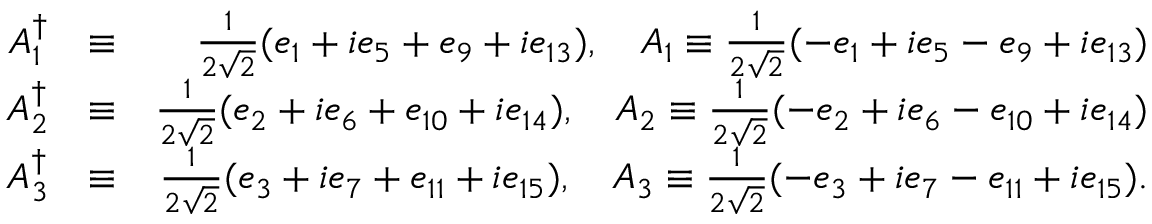
\begin{array} { r l r } { A _ { 1 } ^ { \dagger } } & { \equiv } & { \frac { 1 } { 2 \sqrt { 2 } } ( e _ { 1 } + i e _ { 5 } + e _ { 9 } + i e _ { 1 3 } ) , \quad A _ { 1 } \equiv \frac { 1 } { 2 \sqrt { 2 } } ( - e _ { 1 } + i e _ { 5 } - e _ { 9 } + i e _ { 1 3 } ) } \\ { A _ { 2 } ^ { \dagger } } & { \equiv } & { \frac { 1 } { 2 \sqrt { 2 } } ( e _ { 2 } + i e _ { 6 } + e _ { 1 0 } + i e _ { 1 4 } ) , \quad A _ { 2 } \equiv \frac { 1 } { 2 \sqrt { 2 } } ( - e _ { 2 } + i e _ { 6 } - e _ { 1 0 } + i e _ { 1 4 } ) } \\ { A _ { 3 } ^ { \dagger } } & { \equiv } & { \frac { 1 } { 2 \sqrt { 2 } } ( e _ { 3 } + i e _ { 7 } + e _ { 1 1 } + i e _ { 1 5 } ) , \quad A _ { 3 } \equiv \frac { 1 } { 2 \sqrt { 2 } } ( - e _ { 3 } + i e _ { 7 } - e _ { 1 1 } + i e _ { 1 5 } ) . } \end{array}